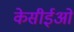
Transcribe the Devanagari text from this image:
केसीईओ